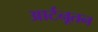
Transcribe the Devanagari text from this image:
आर्टनूतन